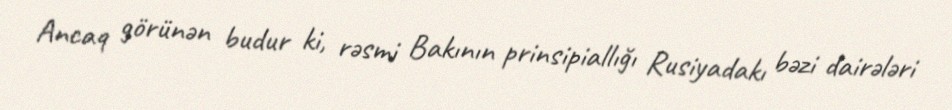
Ancaq görünən budur ki, rəsmi Bakının prinsipiallığı Rusiyadakı bəzi dairələri